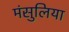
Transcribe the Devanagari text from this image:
मंसुलिया